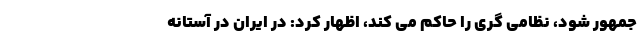
جمهور شود، نظامی گری را حاکم می کند، اظهار کرد: در ایرانِ در آستانه